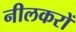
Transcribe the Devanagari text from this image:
नीलकरों